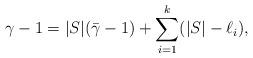
LaTeX: \begin{align*} \gamma-1={|S|}(\bar{\gamma}-1)+\sum_{i=1}^k (|S|-\ell_i), \end{align*}